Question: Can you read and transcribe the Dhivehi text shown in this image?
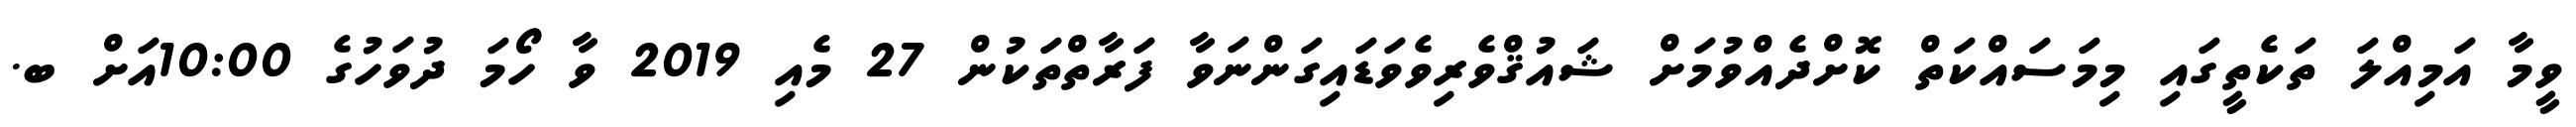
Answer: ވީމާ އަމިއްލަ ތަކެތީގައި މިމަސައްކަތް ކޮށްދެއްވުމަށް ޝައުޤްވެރިވެވަޑައިގަންނަވާ ފަރާތްތަކުން 27 މެއި 2019 ވާ ހޯމަ ދުވަހުގެ 10:00އަށް ބ.